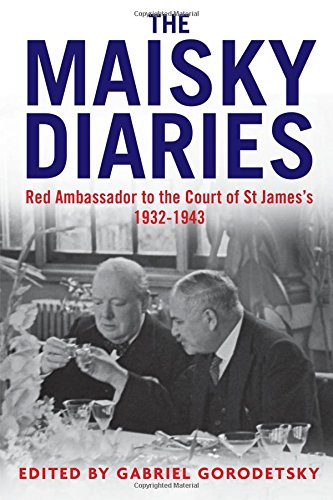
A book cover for The Maisky Diaries: Red Ambassador to the Court of St James's, 1932-1943; Ivan Maisky; Literature & Fiction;